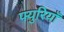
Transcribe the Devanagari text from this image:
फ्युरियाँ